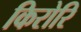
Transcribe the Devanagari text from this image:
किरोरि